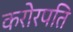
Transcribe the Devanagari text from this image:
करोरपति